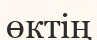
өктің